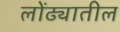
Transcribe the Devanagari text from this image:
लोंढ्यातील